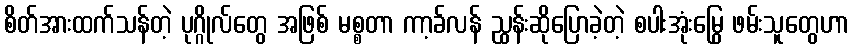
စိတ်အားထက်သန်တဲ့ ပုဂ္ဂိုလ်တွေ အဖြစ် မစ္စတာ ကာ့ခ်လန် ညွှန်းဆိုပြောခဲ့တဲ့ စပါးအုံးမြွေ ဖမ်းသူတွေဟာ